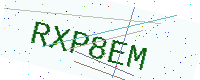
Text: RXP8EM